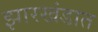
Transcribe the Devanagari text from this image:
झारखंडात